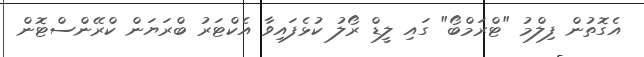
އެގޮތުން ފިލްމު "ޓްރަމްބޯ" ގައި ލީޑް ރޯލު ކުޅެފައިވާ އެކްޓަރު ބްރަޔަން ކްރޭންސްޓޮން